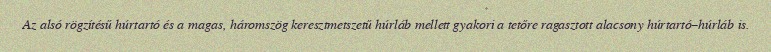
Az alsó rögzítésű húrtartó és a magas, háromszög keresztmetszetű húrláb mellett gyakori a tetőre ragasztott alacsony húrtartó–húrláb is.